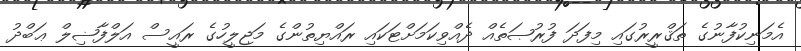
އެމަނިކުފާނުގެ ތަޤްރީރުގައި މިފަދަ ފުރުޞަތެއް ދެއްވިކަމަށްޓަކައި ރައްޔިތުންގެ މަޖިލީހުގެ ރައީސް އަލްފާޟިލް ޢަބްދު